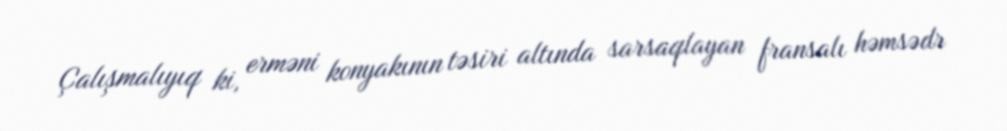
Çalışmalıyıq ki, erməni konyakının təsiri altında sarsaqlayan fransalı həmsədr